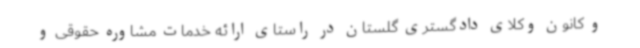
و کانون وکلای دادگستری گلستان در راستای ارائه خدمات مشاوره حقوقی و